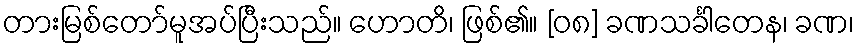
တားမြစ်တော်မူအပ်ပြီးသည်။ ဟောတိ၊ ဖြစ်၏။ [၀၈] ခဏသင်္ခါတေန၊ ခဏ၊